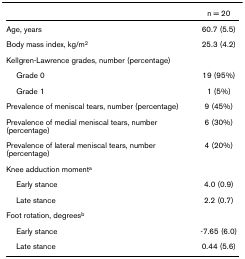
|  | n = 20 |
 | --- | --- |
 | Age, years | 60.7 (5.5) |
 | Body mass index, kg/m2 | 25.3 (4.2) |
 | Kellgren-Lawrence grades, number (percentage) |  |
 | Grade 0 | 19 (95%) |
 | Grade 1 | 1 (5%) |
 | Prevalence of meniscal tears, number (percentage) | 9 (45%) |
 | Prevalence of medial meniscal tears, number (percentage) | 6 (30%) |
 | Prevalence of lateral meniscal tears, number (percentage) | 4 (20%) |
 | Knee adduction momenta |  |
 | Early stance | 4.0 (0.9) |
 | Late stance | 2.2 (0.7) |
 | Foot rotation, degreesb |  |
 | Early stance | -7.65 (6.0) |
 | Late stance | 0.44 (5.6) |